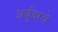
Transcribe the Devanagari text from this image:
अर्बुदाचे